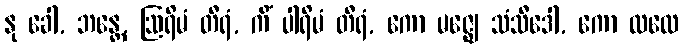
နု ခေါ, ဘန္တေ, ဩရိမံ တီရံ, ကိံ ပါရိမံ တီရံ, ကော မဇ္ဈေ သံသီဒေါ, ကော ထလေ